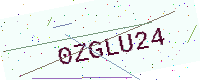
Text: 0ZGLU24